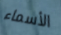
الأسماء